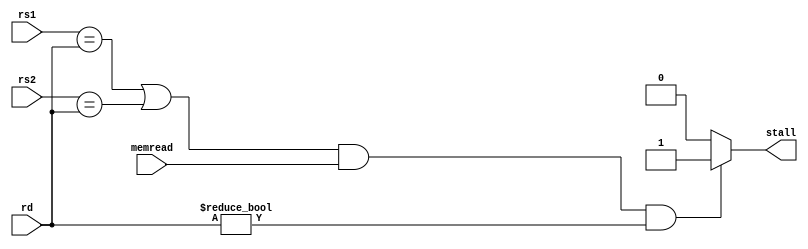
`timescale 1ns / 1ps
//////////////////////////////////////////////////////////////////////////////////
// Company: 
// Engineer: 
// 
// Design Name: 
// Module Name: HazardUnit
// Project Name: 
// Target Devices: 
// Tool Versions: 
// Description: 
// 
// Dependencies: 
// 
// Revision:
// Revision 0.01 - File Created
// Additional Comments:
// 
//////////////////////////////////////////////////////////////////////////////////


module HazardUnit(input[4:0] rs1, rs2, rd, input memread, output reg stall);

always @(*)
begin
    if (((rs1 == rd) | (rs2 == rd) ) & memread & (rd != 0))
    begin
        stall = 1;
    end
    else begin
        stall = 0;
    end
end


endmodule